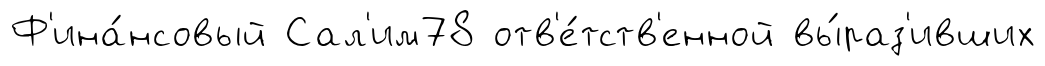
Ф'ина́нсовый Сал'им78 отв'е́тств'енной вы́раз'ивших